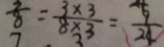
\frac { 3 } { 8 } = \frac { 3 \times 3 } { 8 \times 3 } = \frac { 9 } { 2 4 }